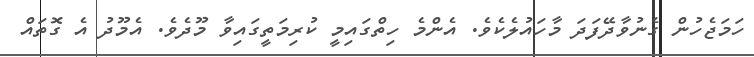
ހަމަޖެހުން ގެނުވާދޭފަދަ މާހައުލެކެވެ. އެންމެ ހިތްގައިމީ ކުރިމަތީގައިވާ މޫދެވެ. އެމޫދު އެ ގޮތައް